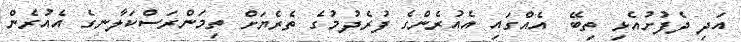
އަދި ދެފުށުއެޅި ތިބޭ  އެއްގައި އެއުރެންގެ ފުރެދުމުގެ ތެރެޔަށް ތިމަންރަސްކަލާނގެ އެއުރެން